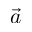
\vec { a }